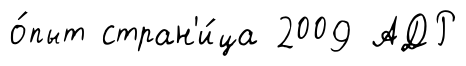
о́пыт стран'и́ца 2009 АДР